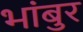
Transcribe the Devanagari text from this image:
भांबुर